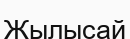
Жылысай